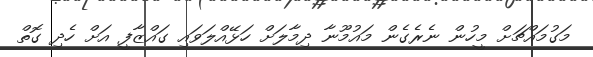
މަގުމައްޗަށް މީހުން ނެރެގެން މައުމޫނާ ދިމާލަށް ހަޅޭއްލަވައި ގައްޒާފީ އަށް ހެދި ގޮތް